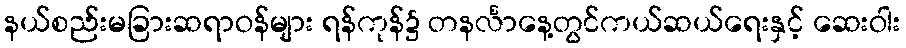
နယ်စည်းမခြားဆရာဝန်များ ရန်ကုန်၌ တနင်္လာနေ့တွင်ကယ်ဆယ်ရေးနှင့် ဆေးဝါး